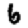
Digit: 6